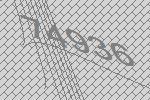
74936